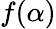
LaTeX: f(\alpha)